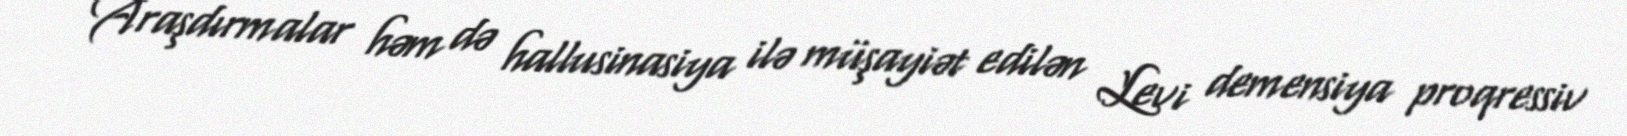
Araşdırmalar həm də hallusinasiya ilə müşayiət edilən Levi demensiya proqressiv